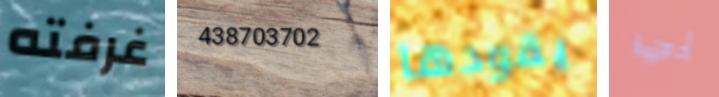
غرفته 438703702 يقودها بي